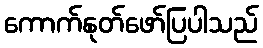
ကောက်နုတ်ဖော်ပြပါသည်